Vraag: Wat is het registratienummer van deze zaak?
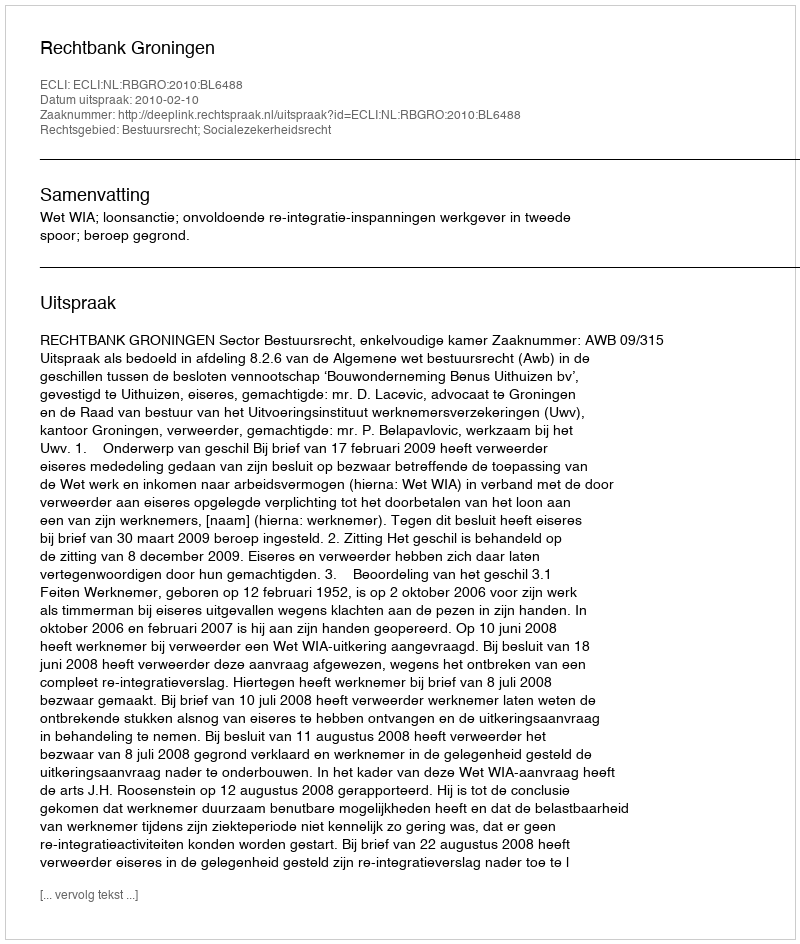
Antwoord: http://deeplink.rechtspraak.nl/uitspraak?id=ECLI:NL:RBGRO:2010:BL6488